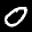
Label: 0